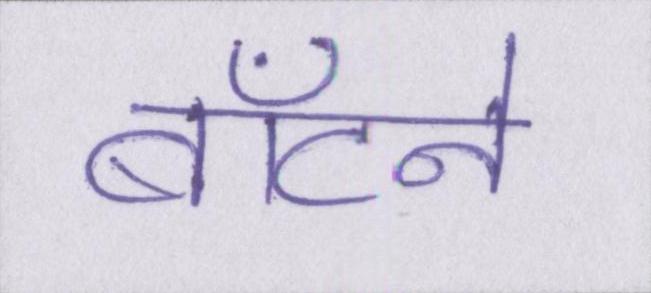
बाँटने